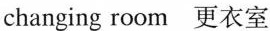
changing room 更衣室